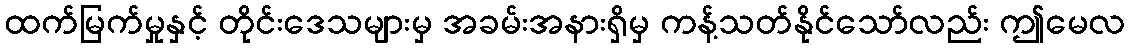
ထက်မြက်မှုနှင့် တိုင်းဒေသများမှ အခမ်းအနားရှိမှ ကန့်သတ်နိုင်သော်လည်း ဤမေလ